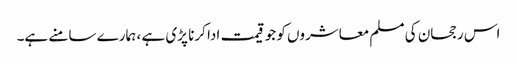
اس رجحان کی مسلم معاشروں کو جو قیمت ادا کرنا پڑی ہے ، ہمارے سامنے ہے۔